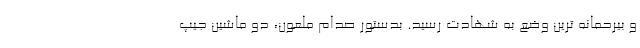
و بيرحمانه ترين وضع به شهادت رسيد. بدستور صدام ملعون، دو ماشين جيپ